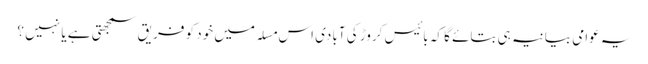
یہ عوامی بیانیہ ہی بتائے گا کہ بائیس کروڑ کی آبادی اس مسلہ میں خود کو فریق سمجھتی ہے یا نہیں ؟